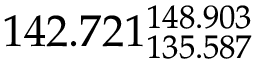
1 4 2 . 7 2 1 _ { 1 3 5 . 5 8 7 } ^ { 1 4 8 . 9 0 3 }